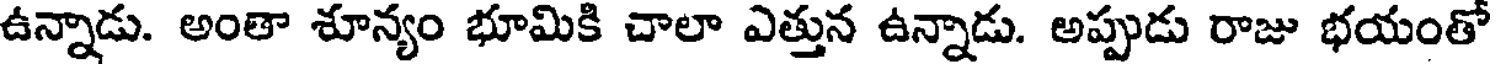
ఉన్నాడు. అంతా శూన్యం భూమికి చాలా ఎత్తున ఉన్నాడు. అప్పుడు రాజు భయంతో